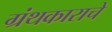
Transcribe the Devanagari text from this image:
ग्रंथकाराचे